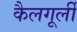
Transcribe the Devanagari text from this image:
कैलगूर्ली